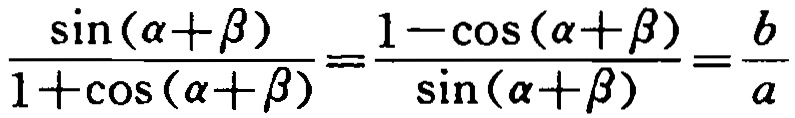
\(\frac{\sin(\alpha+\beta)}{1 + \cos(\alpha+\beta)}=\frac{1-\cos(\alpha+\beta)}{\sin(\alpha+\beta)}=\frac{b}{a}\)